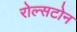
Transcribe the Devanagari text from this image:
रोल्सटोन